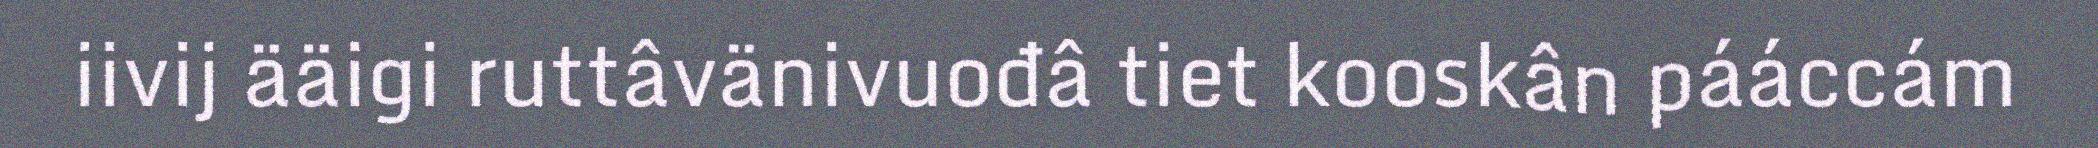
iivij ääigi ruttâvänivuođâ tiet kooskân pááccám